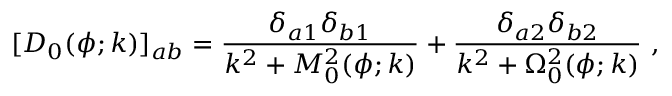
[ D _ { 0 } ( \phi ; k ) ] _ { a b } = { \frac { \delta _ { a 1 } \delta _ { b 1 } } { k ^ { 2 } + M _ { 0 } ^ { 2 } ( \phi ; k ) } } + { \frac { \delta _ { a 2 } \delta _ { b 2 } } { k ^ { 2 } + \Omega _ { 0 } ^ { 2 } ( \phi ; k ) } } ~ ,